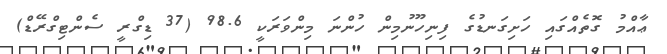
ޢާއްމު ގޮތެއްގައި ހަށިގަނޑުގެ ފިނިހޫނުމިން ހުންނަ މިންވަރަކީ 98.6 (37 ޑިގްރީ ސެންޓިގްރޭޑް)